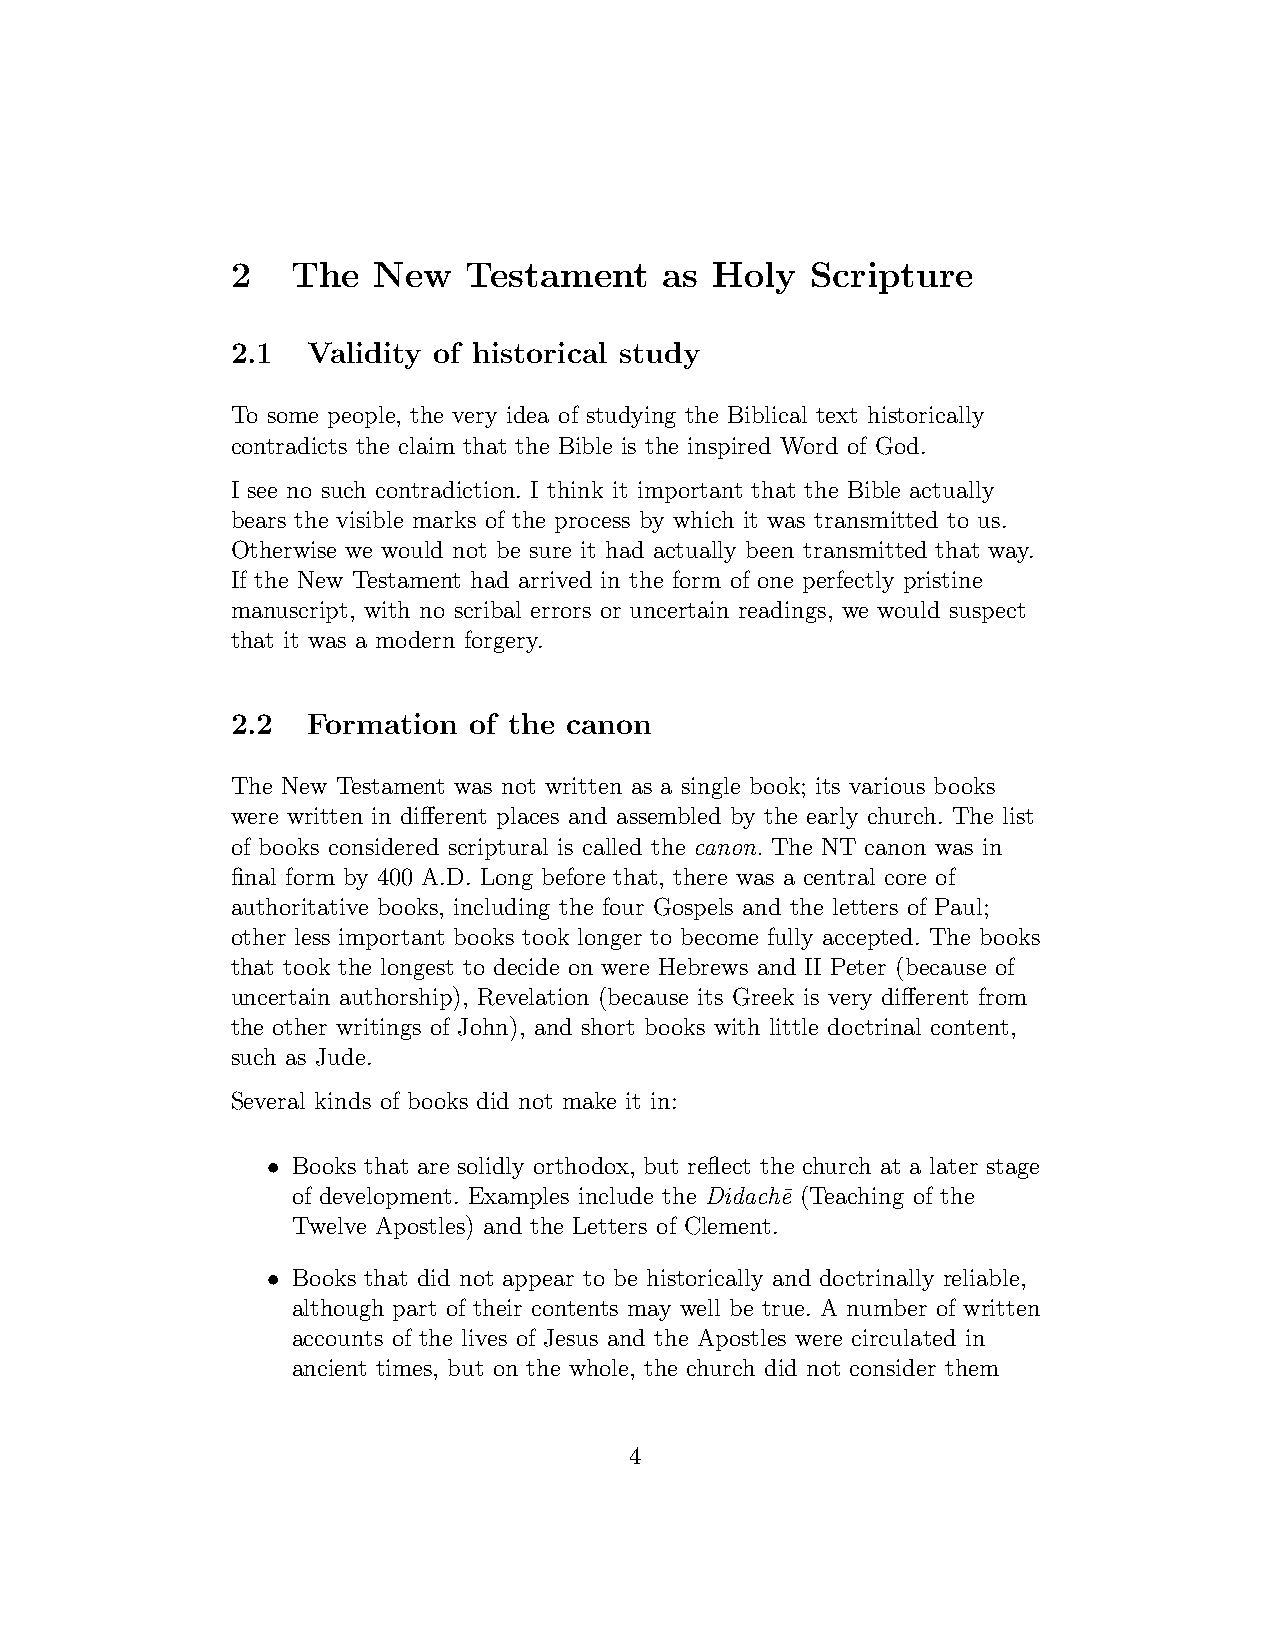
2   The   New   Testament    as Holy   Scripture
 2.1  Validity of historical study
 To some people, the very idea of studying the Biblical text historically
 contradicts the claim that the Bible is the inspired Word of God.
 I see no such contradiction. I think it important that the Bible actually
 bears the visible marks of the process by which it was transmitted to us.
 Otherwise we would not be sure it had actually been transmitted that way.
 If the New Testament had arrived in the form of one perfectly pristine
 manuscript, with no scribal errors or uncertain readings, we would suspect
 that it was a modern forgery.
 2.2  Formation  of the canon
 The New Testament was not written as a single book; its various books
 were written in different places and assembled by the early church. The list
 of books considered scriptural is called the canon. The NT canon was in
 final form by 400 A.D. Long before that, there was a central core of
 authoritative books, including the four Gospels and the letters of Paul;
 other less important books took longer to become fully accepted. The books
 that took the longest to decide on were Hebrews and II Peter (because of
 uncertain authorship), Revelation (because its Greek is very different from
 the other writings of John), and short books with little doctrinal content,
 such as Jude.
 Several kinds of books did not make it in:
 •
 Books that are solidly orthodox, but reflect the church at a later stage
 of development. Examples include the Didach¯e (Teaching of the
 Twelve Apostles) and the Letters of Clement.
 •
 Books that did not appear to be historically and doctrinally reliable,
 although part of their contents may well be true. A number of written
 accounts of the lives of Jesus and the Apostles were circulated in
 ancient times, but on the whole, the church did not consider them
 4